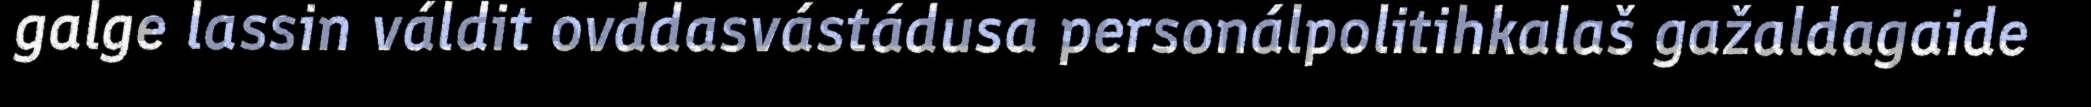
galge lassin váldit ovddasvástádusa personálpolitihkalaš gažaldagaide